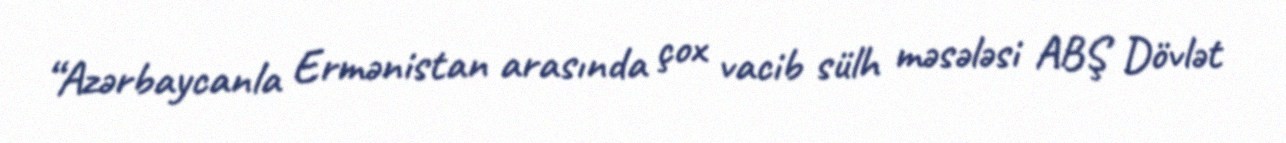
“Azərbaycanla Ermənistan arasında çox vacib sülh məsələsi ABŞ Dövlət